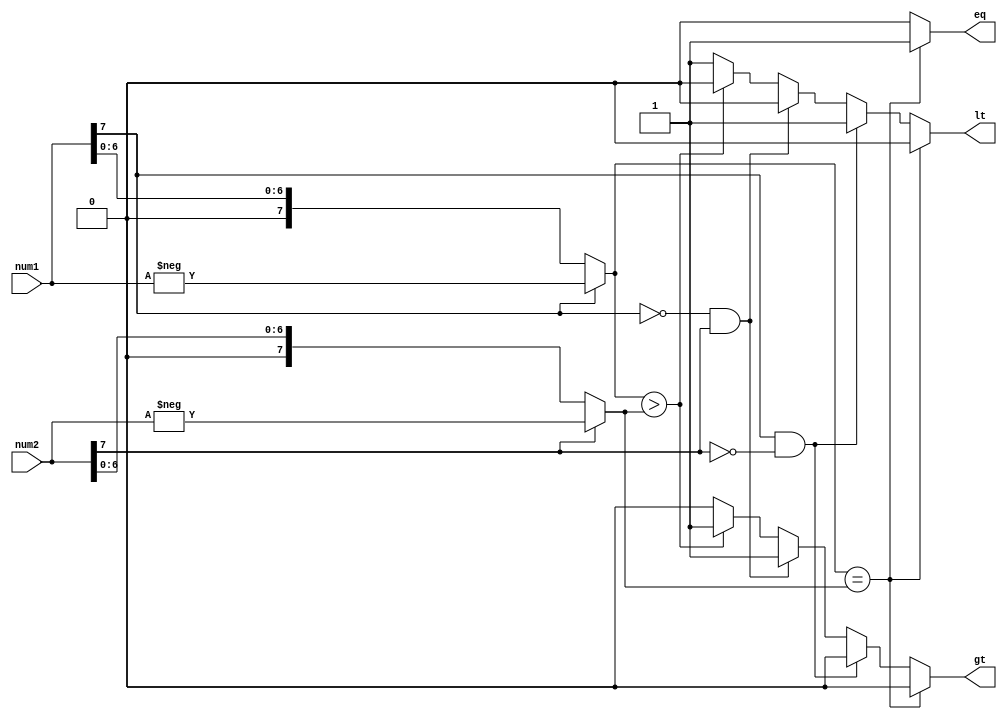
module signed_magnitude_comparator (
    input signed [7:0] num1,
    input signed [7:0] num2,
    output reg eq,
    output reg gt,
    output reg lt
);

reg sign1;
reg sign2;
reg [7:0] abs_num1;
reg [7:0] abs_num2;

assign sign1 = num1[7];
assign sign2 = num2[7];
assign abs_num1 = (sign1) ? -num1 : num1;
assign abs_num2 = (sign2) ? -num2 : num2;

always @* begin
    if (abs_num1 == abs_num2) begin
        eq = 1;
        gt = 0;
        lt = 0;
    end else if (sign1 && !sign2) begin
        eq = 0;
        gt = 0;
        lt = 1;
    end else if (!sign1 && sign2) begin
        eq = 0;
        gt = 1;
        lt = 0;
    end else if (abs_num1 > abs_num2) begin
        eq = 0;
        gt = 1;
        lt = 0;
    end else begin
        eq = 0;
        gt = 0;
        lt = 1;
    end
end

endmodule